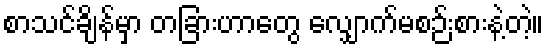
စာသင်ချိန်မှာ တခြားဟာတွေ လျှောက်မစဉ်းစားနဲ့တဲ့။